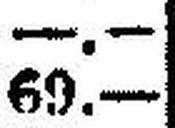
69.—